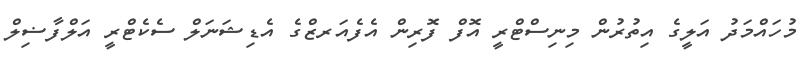
މުހައްމަދު އަލީގެ އިތުރުން މިނިސްޓްރީ އޮފް ފޮރިން އެފެއަރޒްގެ އެޑިޝަނަލް ސެކެޓްރީ އަލްފާޟިލް